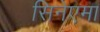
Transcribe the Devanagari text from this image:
सिनेएमा